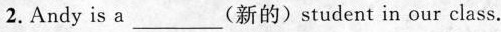
2.Andy is a___(新的)student in our class.